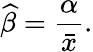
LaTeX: {\widehat{\beta}}={\frac{\alpha}{\bar{x}}}.